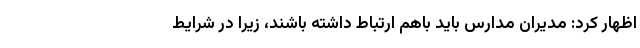
اظهار کرد: مدیران مدارس باید باهم ارتباط داشته باشند، زیرا در شرایط